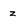
Character: z